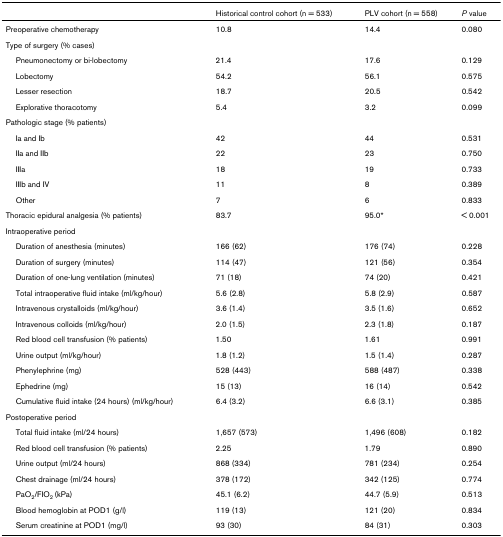
<table><thead><tr><td></td><td><b>Historical control cohort (n = 533)</b></td><td><b>PLV cohort (n = 558)</b></td><td><b><i>P </i>value</b></td></tr></thead><tbody><tr><td>Preoperative chemotherapy</td><td>10.8</td><td>14.4</td><td>0.080</td></tr><tr><td>Type of surgery (% cases)</td><td></td><td></td><td></td></tr><tr><td> Pneumonectomy or bi-lobectomy</td><td>21.4</td><td>17.6</td><td>0.129</td></tr><tr><td> Lobectomy</td><td>54.2</td><td>56.1</td><td>0.575</td></tr><tr><td> Lesser resection</td><td>18.7</td><td>20.5</td><td>0.542</td></tr><tr><td> Explorative thoracotomy</td><td>5.4</td><td>3.2</td><td>0.099</td></tr><tr><td>Pathologic stage (% patients)</td><td></td><td></td><td></td></tr><tr><td> Ia and Ib</td><td>42</td><td>44</td><td>0.531</td></tr><tr><td> IIa and IIb</td><td>22</td><td>23</td><td>0.750</td></tr><tr><td> IIIa</td><td>18</td><td>19</td><td>0.733</td></tr><tr><td> IIIb and IV</td><td>11</td><td>8</td><td>0.389</td></tr><tr><td> Other</td><td>7</td><td>6</td><td>0.833</td></tr><tr><td>Thoracic epidural analgesia (% patients)</td><td>83.7</td><td>95.0*</td><td>&lt; 0.001</td></tr><tr><td>Intraoperative period</td><td></td><td></td><td></td></tr><tr><td> Duration of anesthesia (minutes)</td><td>166 (62)</td><td>176 (74)</td><td>0.228</td></tr><tr><td> Duration of surgery (minutes)</td><td>114 (47)</td><td>121 (56)</td><td>0.354</td></tr><tr><td> Duration of one-lung ventilation (minutes)</td><td>71 (18)</td><td>74 (20)</td><td>0.421</td></tr><tr><td> Total intraoperative fluid intake (ml/kg/hour)</td><td>5.6 (2.8)</td><td>5.8 (2.9)</td><td>0.587</td></tr><tr><td> Intravenous crystalloids (ml/kg/hour)</td><td>3.6 (1.4)</td><td>3.5 (1.6)</td><td>0.652</td></tr><tr><td> Intravenous colloids (ml/kg/hour)</td><td>2.0 (1.5)</td><td>2.3 (1.8)</td><td>0.187</td></tr><tr><td> Red blood cell transfusion (% patients)</td><td>1.50</td><td>1.61</td><td>0.991</td></tr><tr><td> Urine output (ml/kg/hour)</td><td>1.8 (1.2)</td><td>1.5 (1.4)</td><td>0.287</td></tr><tr><td> Phenylephrine (mg)</td><td>528 (443)</td><td>588 (487)</td><td>0.338</td></tr><tr><td> Ephedrine (mg)</td><td>15 (13)</td><td>16 (14)</td><td>0.542</td></tr><tr><td> Cumulative fluid intake (24 hours) (ml/kg/hour)</td><td>6.4 (3.2)</td><td>6.6 (3.1)</td><td>0.385</td></tr><tr><td>Postoperative period</td><td></td><td></td><td></td></tr><tr><td> Total fluid intake (ml/24 hours)</td><td>1,657 (573)</td><td>1,496 (608)</td><td>0.182</td></tr><tr><td> Red blood cell transfusion (% patients)</td><td>2.25</td><td>1.79</td><td>0.890</td></tr><tr><td> Urine output (ml/24 hours)</td><td>868 (334)</td><td>781 (234)</td><td>0.254</td></tr><tr><td> Chest drainage (ml/24 hours)</td><td>378 (172)</td><td>342 (125)</td><td>0.774</td></tr><tr><td> PaO<sub>2</sub>/FIO<sub>2 </sub>(kPa)</td><td>45.1 (6.2)</td><td>44.7 (5.9)</td><td>0.513</td></tr><tr><td> Blood hemoglobin at POD1 (g/l)</td><td>119 (13)</td><td>121 (20)</td><td>0.834</td></tr><tr><td> Serum creatinine at POD1 (mg/l)</td><td>93 (30)</td><td>84 (31)</td><td>0.303</td></tr></tbody></table>